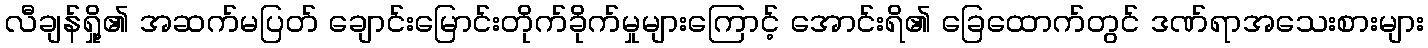
လီချန်ရှို့၏ အဆက်မပြတ် ချောင်းမြောင်းတိုက်ခိုက်မှုများကြောင့် အောင်းရိ၏ ခြေထောက်တွင် ဒဏ်ရာအသေးစားများ